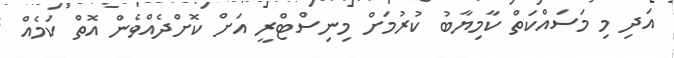
އަދި މި މަސައްކަތް ކާމިޔާބު ކުރުމަށް މިނިސްޓްރީ އަށް ކޮށްދެއްވެން އޮތް ކަމެއް